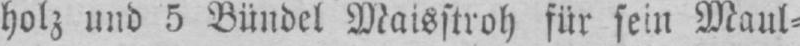
holz und 5 Bündel Maisstroh für sein Maul⸗